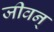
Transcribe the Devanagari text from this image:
जीवन्